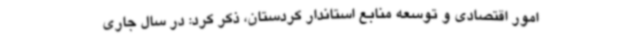
امور اقتصادی و توسعه منابع استاندار کردستان، ذکر کرد: در سال جاری